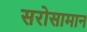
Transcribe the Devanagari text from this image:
सरोसामान